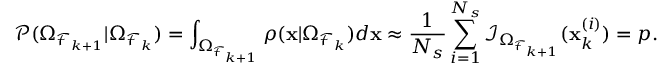
\mathcal { P } ( \Omega _ { \mathcal { F } _ { k + 1 } } | \Omega _ { \mathcal { F } _ { k } } ) = \int _ { \Omega _ { \mathcal { F } _ { k + 1 } } } \rho ( \mathbf { x } | \Omega _ { \mathcal { F } _ { k } } ) d \mathbf { x } \approx \frac { 1 } { N _ { s } } \sum _ { i = 1 } ^ { N _ { s } } \mathcal { I } _ { \Omega _ { \mathcal { F } _ { k + 1 } } } ( \mathbf { x } _ { k } ^ { ( i ) } ) = p .